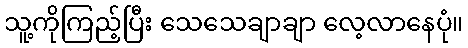
သူ့ကိုကြည့်ပြီး သေသေချာချာ လေ့လာနေပုံ။